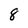
Character: 8